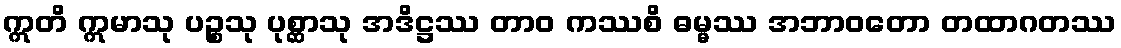
ဣတိ ဣမာသု ပဉ္စသု ပုစ္ဆာသု အဒိဋ္ဌဿ တာဝ ကဿစိ ဓမ္မဿ အဘာဝတော တထာဂတဿ